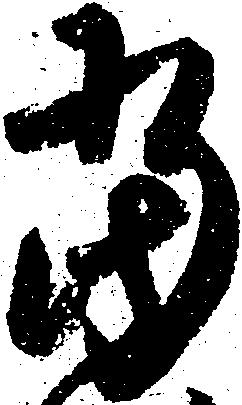
当